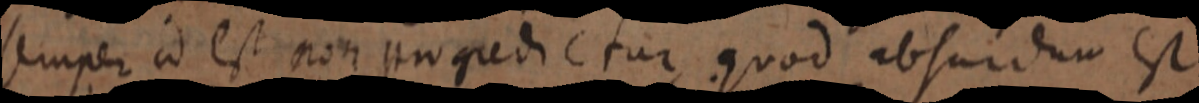
semper ad est non progredictur quod absurdum est